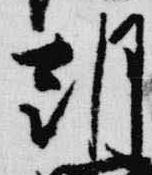
朝